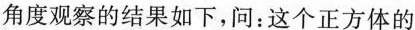
角度观察的结果如下，问：这个正方体的